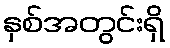
နှစ်အတွင်းရှိ